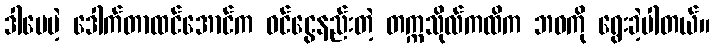
ဒါပေမဲ့ ဒေါက်တာထင်အောင်က ဝင်ငွေနည်းတဲ့ တက္ကသိုလ်ကထိက ဘဝကို ရွေးခဲ့ပါတယ်။